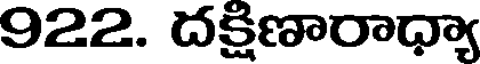
922. దక్షిణారాధ్యా